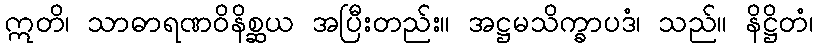
ဣတိ၊ သာဓာရဏဝိနိစ္ဆယ အပြီးတည်း။ အဋ္ဌမသိက္ခာပဒံ၊ သည်။ နိဋ္ဌိတံ၊